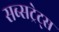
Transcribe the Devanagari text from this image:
सब्सट्रेट्स